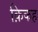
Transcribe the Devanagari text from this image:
क़िकह